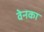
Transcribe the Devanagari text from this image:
वेनका